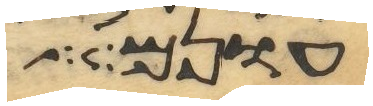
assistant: עונם